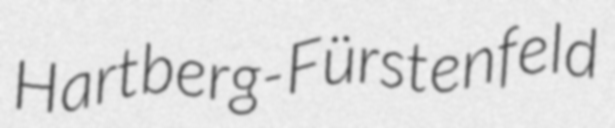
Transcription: Hartberg-Fürstenfeld